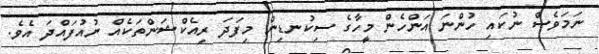
ނަމަވެސް ނުކައި ހުންނަ އަންހެން މީހާގެ ސިކުނޑިން މިފަދަ ރިއެކްޝަންތަކެއް ނުއުފައްދަ އެވެ.